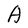
Character: A